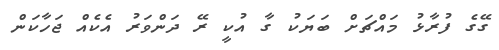
ގޭގެ ފުރާޅު މައްޗަށް ބަޔަކު ގާ އުކީ ރޭ ދަންވަރު އެކެއް ޖަހާކަން